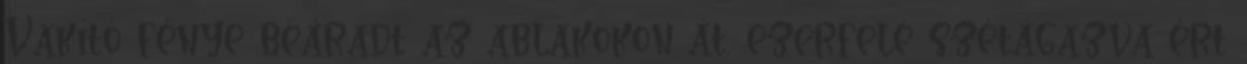
Vakító fénye beáradt az ablakokon át, ezerfelé szétágazva ért